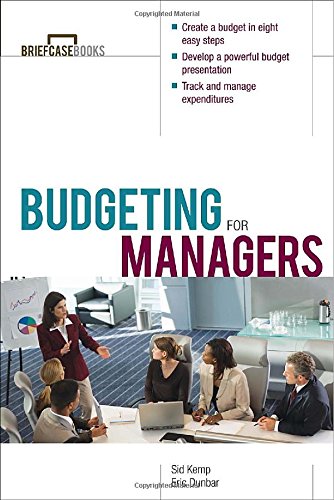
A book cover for Budgeting for Managers; Sid Kemp; Business & Money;